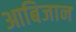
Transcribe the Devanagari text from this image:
आबिजान